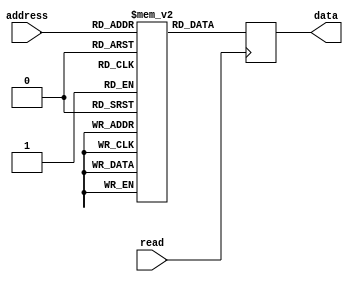
module otp_rom (
    input [7:0] address,
    output reg [7:0] data,
    input read
);

reg [7:0] memory [0:255];

initial begin
    memory[0] = 8'b00000000; // Initial value for memory location 0
    // Initialize other memory locations as needed
end

always @(posedge read) begin
    data <= memory[address];
end

endmodule